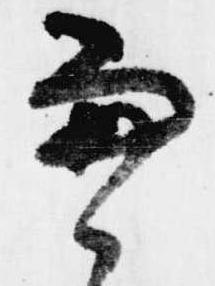
兼